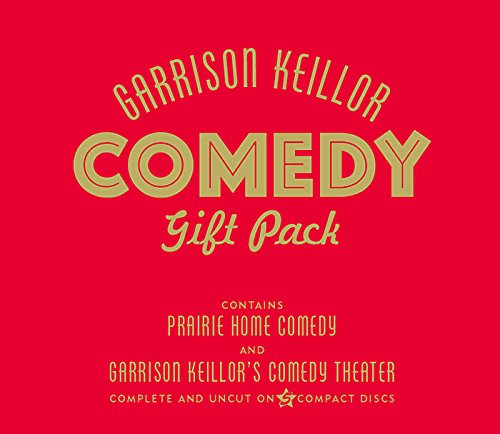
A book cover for Garrison Keillor Comedy Gift Pack; Garrison Keillor; Humor & Entertainment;